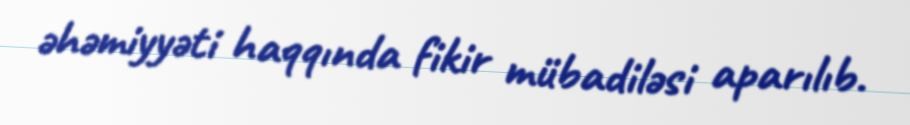
əhəmiyyəti haqqında fikir mübadiləsi aparılıb.